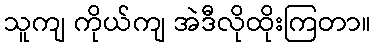
သူကျ ကိုယ်ကျ အဲဒီလိုထိုးကြတာ။